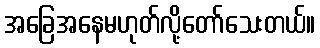
အခြေအနေမဟုတ်လို့တော်သေးတယ်။